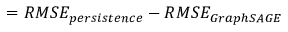
= R M S E _ { p e r s i s t e n c e } - R M S E _ { G r a p h S A G E }